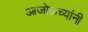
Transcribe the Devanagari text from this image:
आजोळच्यांनी